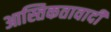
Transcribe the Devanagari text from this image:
आस्तिकतावादी